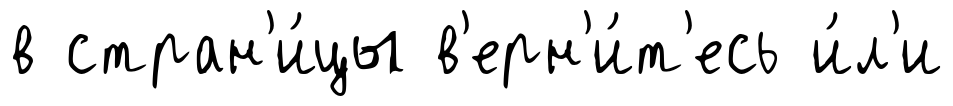
в стран'и́цы в'ерн'и́т'есь и́л'и